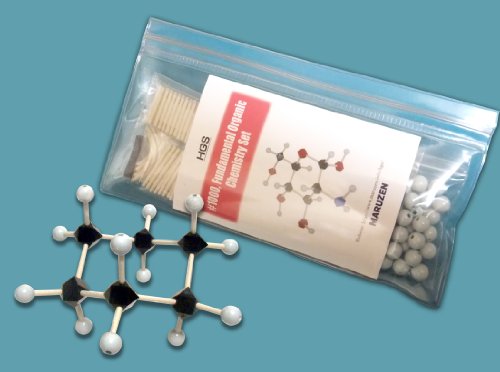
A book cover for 1000 / Fundamental Organic Chemistry Set with resealable bag (HGS Polyhedron Molecular Model); HGS Maruzen; Science & Math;